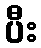
ပီး